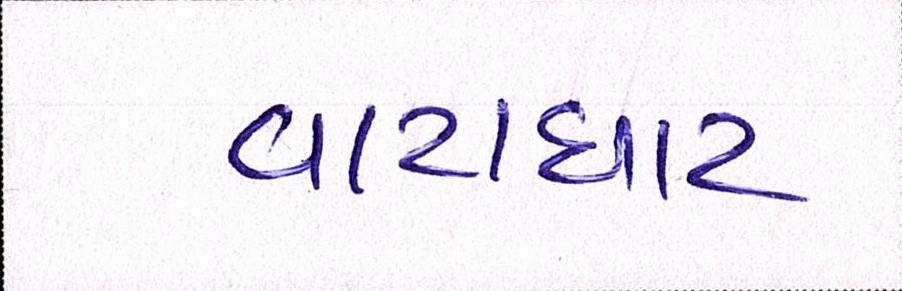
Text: વાટાઘાટ